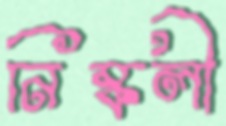
নিষ্কলী